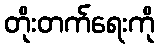
တိုးတက်ရေးကို